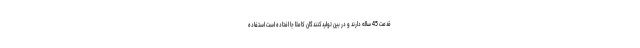
قدمت 45 ساله دارند و در بین تولیدکنندگان کاملاً جا افتاده است استفاده